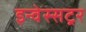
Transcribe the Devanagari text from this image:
इन्वेस्सट्रर